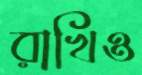
রাখিও